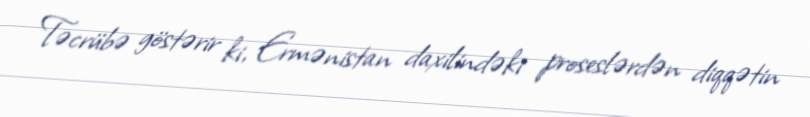
Təcrübə göstərir ki, Ermənistan daxilindəki proseslərdən diqqətin